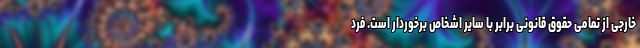
خارجی از تمامی حقوق قانونی برابر با سایر اشخاص برخوردار است. فرد